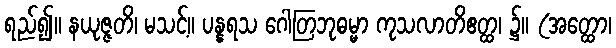
ရည်၍။ နယုဇ္ဇတိ၊ မသင့်။ ပန္နရသ ဂေါတြဘုဓမ္မာ ကုသလာတိဧတ္ထ၊ ၌။ (အတ္ထော၊